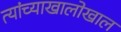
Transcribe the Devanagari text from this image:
त्यांच्याखालोखाल